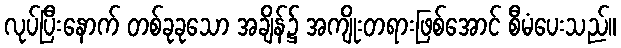
လုပ်ပြီးနောက် တစ်ခုခုသော အချိန်၌ အကျိုးတရားဖြစ်အောင် စီမံပေးသည်။